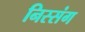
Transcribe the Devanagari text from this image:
निस्संग